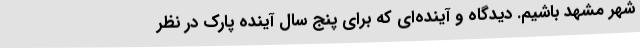
شهر مشهد باشیم. دیدگاه و آینده‌ای که برای پنج سال آینده پارک در نظر